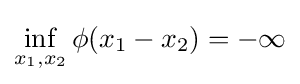
\inf _{x_{1},x_{2}}\phi (x_{1}-x_{2})=-\infty